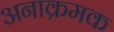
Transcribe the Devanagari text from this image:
अनाक्रमक